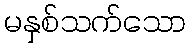
မနှစ်သက်သော